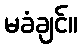
မခံချင်။